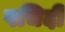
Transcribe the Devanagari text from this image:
पचिदी